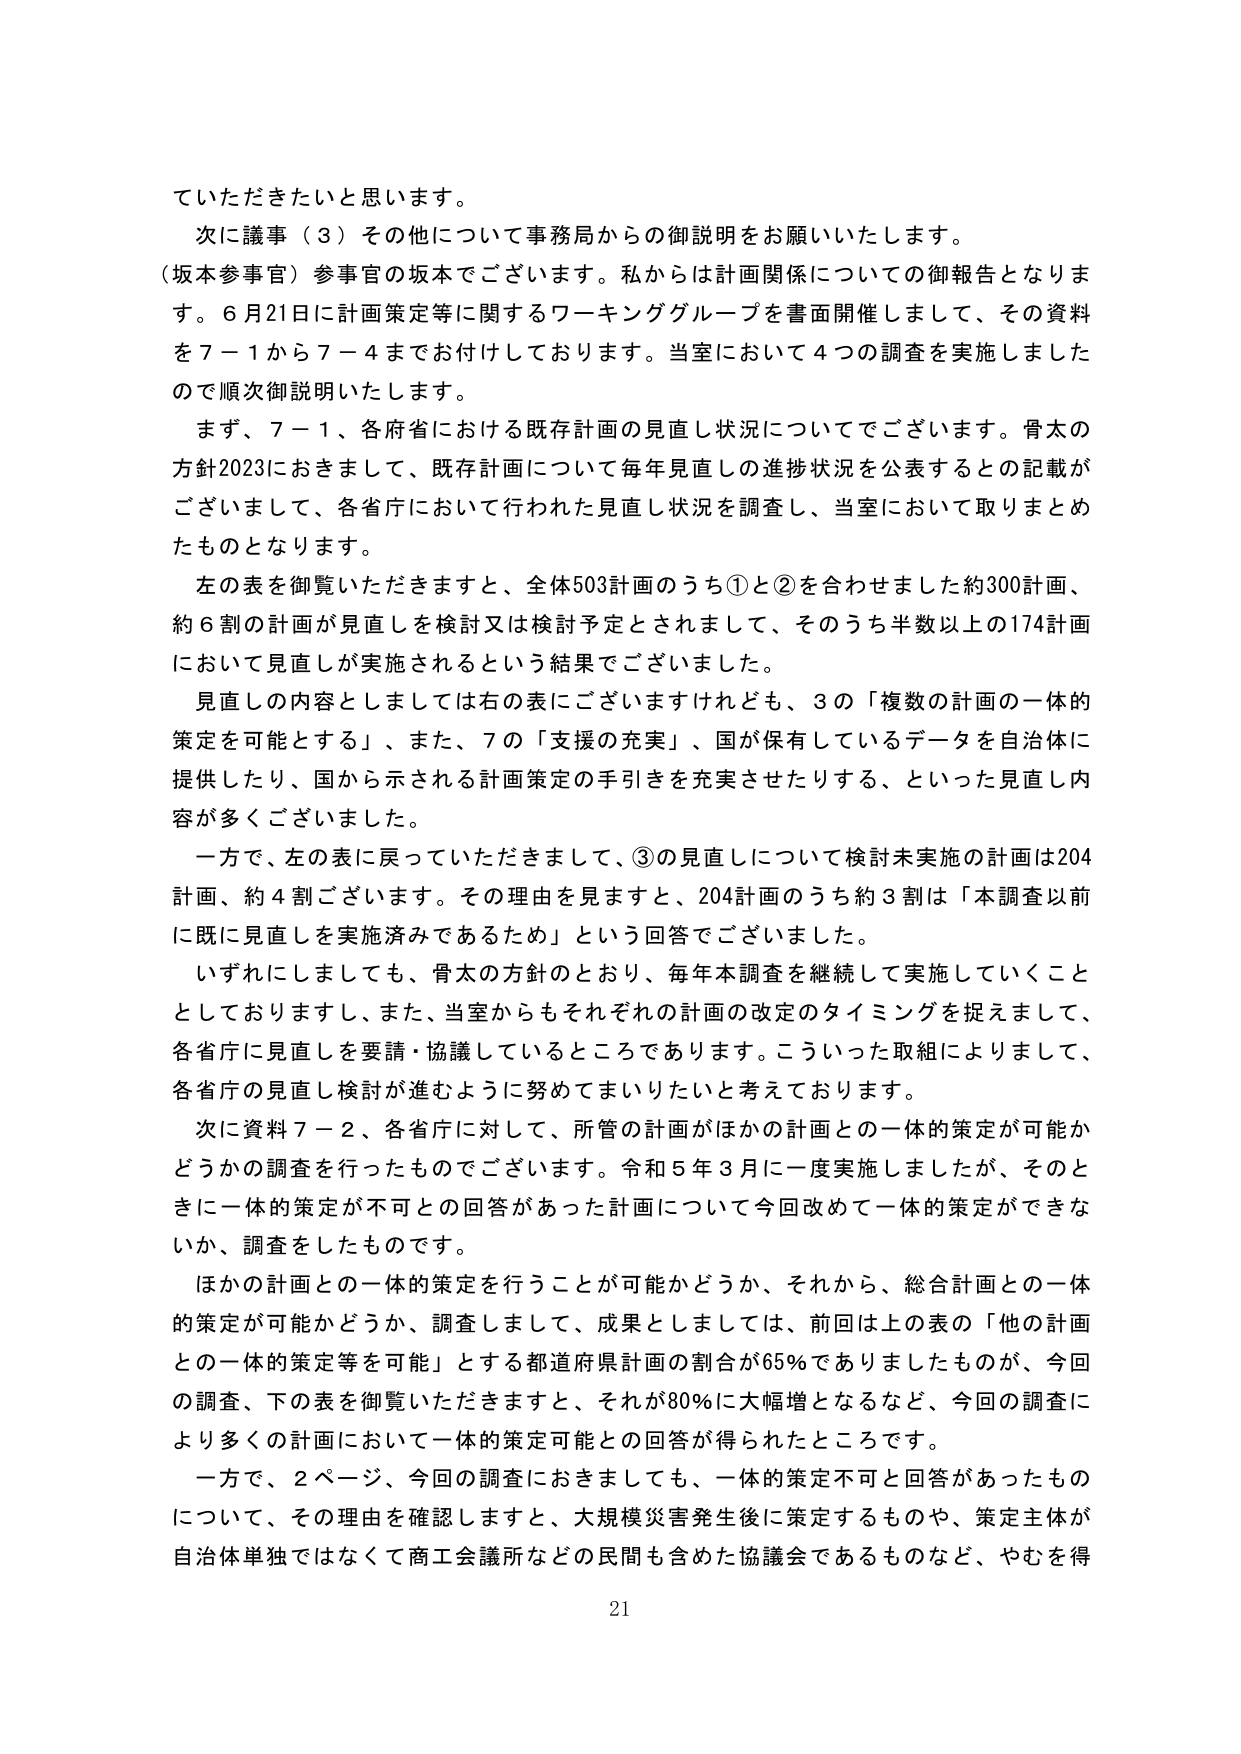
ていただきたいと思います。
次に議事（３）その他について事務局からの御説明をお願いいたします。
（坂本参事官）参事官の坂本でございます。私からは計画関係についての御報告となります。６月21日に計画策定等に関するワーキンググループを書面開催しまして、その資料を７－１から７－４までお付けしております。当室において４つの調査を実施しましたので順次御説明いたします。
まず、７－１、各府省における既存計画の見直し状況についてでございます。骨太の方針2023におきまして、既存計画について毎年見直しの進捗状況を公表するとの記載がございまして、各省庁において行われた見直し状況を調査し、当室において取りまとめたものとなります。
左の表を御覧いただきますと、全体503計画のうち①と②を合わせました約300計画、約６割の計画が見直しを検討又は検討予定とされまして、そのうち半数以上の174計画において見直しが実施されるという結果でございました。
見直しの内容としましては右の表にございますけれども、３の「複数の計画の一体的策定を可能とする」、また、７の「支援の充実」、国が保有しているデータを自治体に提供したり、国から示される計画策定の手引きを充実させたりする、といった見直し内容が多くございました。
一方で、左の表に戻っていただきまして、③の見直しについて検討未実施の計画は204計画、約４割ございます。その理由を見ますと、204計画のうち約３割は「本調査以前に既に見直しを実施済みであるため」という回答でございました。
いずれにしましても、骨太の方針のとおり、毎年本調査を継続して実施していくこととしておりますし、また、当室からもそれぞれの計画の改定のタイミングを捉えまして、各省庁に見直しを要請・協議しているところであります。こういった取組によりまして、各省庁の見直し検討が進むように努めてまいりたいと考えております。
次に資料７－２、各省庁に対して、所管の計画がほかの計画との一体的策定が可能かどうかの調査を行ったものでございます。令和５年３月に一度実施しましたが、そのときに一体的策定が不可との回答があった計画について今回改めて一体的策定ができないか、調査をしたものです。
ほかの計画との一体的策定を行うことが可能かどうか、それから、総合計画との一体的策定が可能かどうか、調査しまして、成果としましては、前回は上の表の「他の計画との一体的策定等を可能」とする都道府県計画の割合が65％でありましたが、今回の調査、下の表を御覧いただきますと、それが80％に大幅増となるなど、今回の調査により多くの計画において一体的策定可能との回答が得られたところです。
一方で、２ページ、今回の調査におきましても、一体的策定不可と回答があったものについて、その理由を確認しますと、大規模災害発生後に策定するものや、策定主体が自治体単独ではなくて商工会議所などの民間も含めた協議会であるものなど、やむを得
21